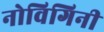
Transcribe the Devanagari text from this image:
नोविगिनी